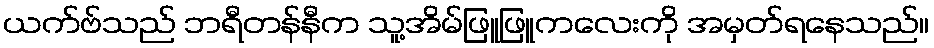
ယက်ဗ်သည် ဘရီတန်နီက သူ့အိမ်ဖြူဖြူကလေးကို အမှတ်ရနေသည်။